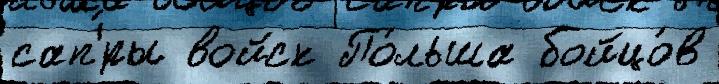
сап'́ры войск По́льша бойцо́в